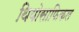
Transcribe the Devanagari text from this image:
थियोसाफिकल